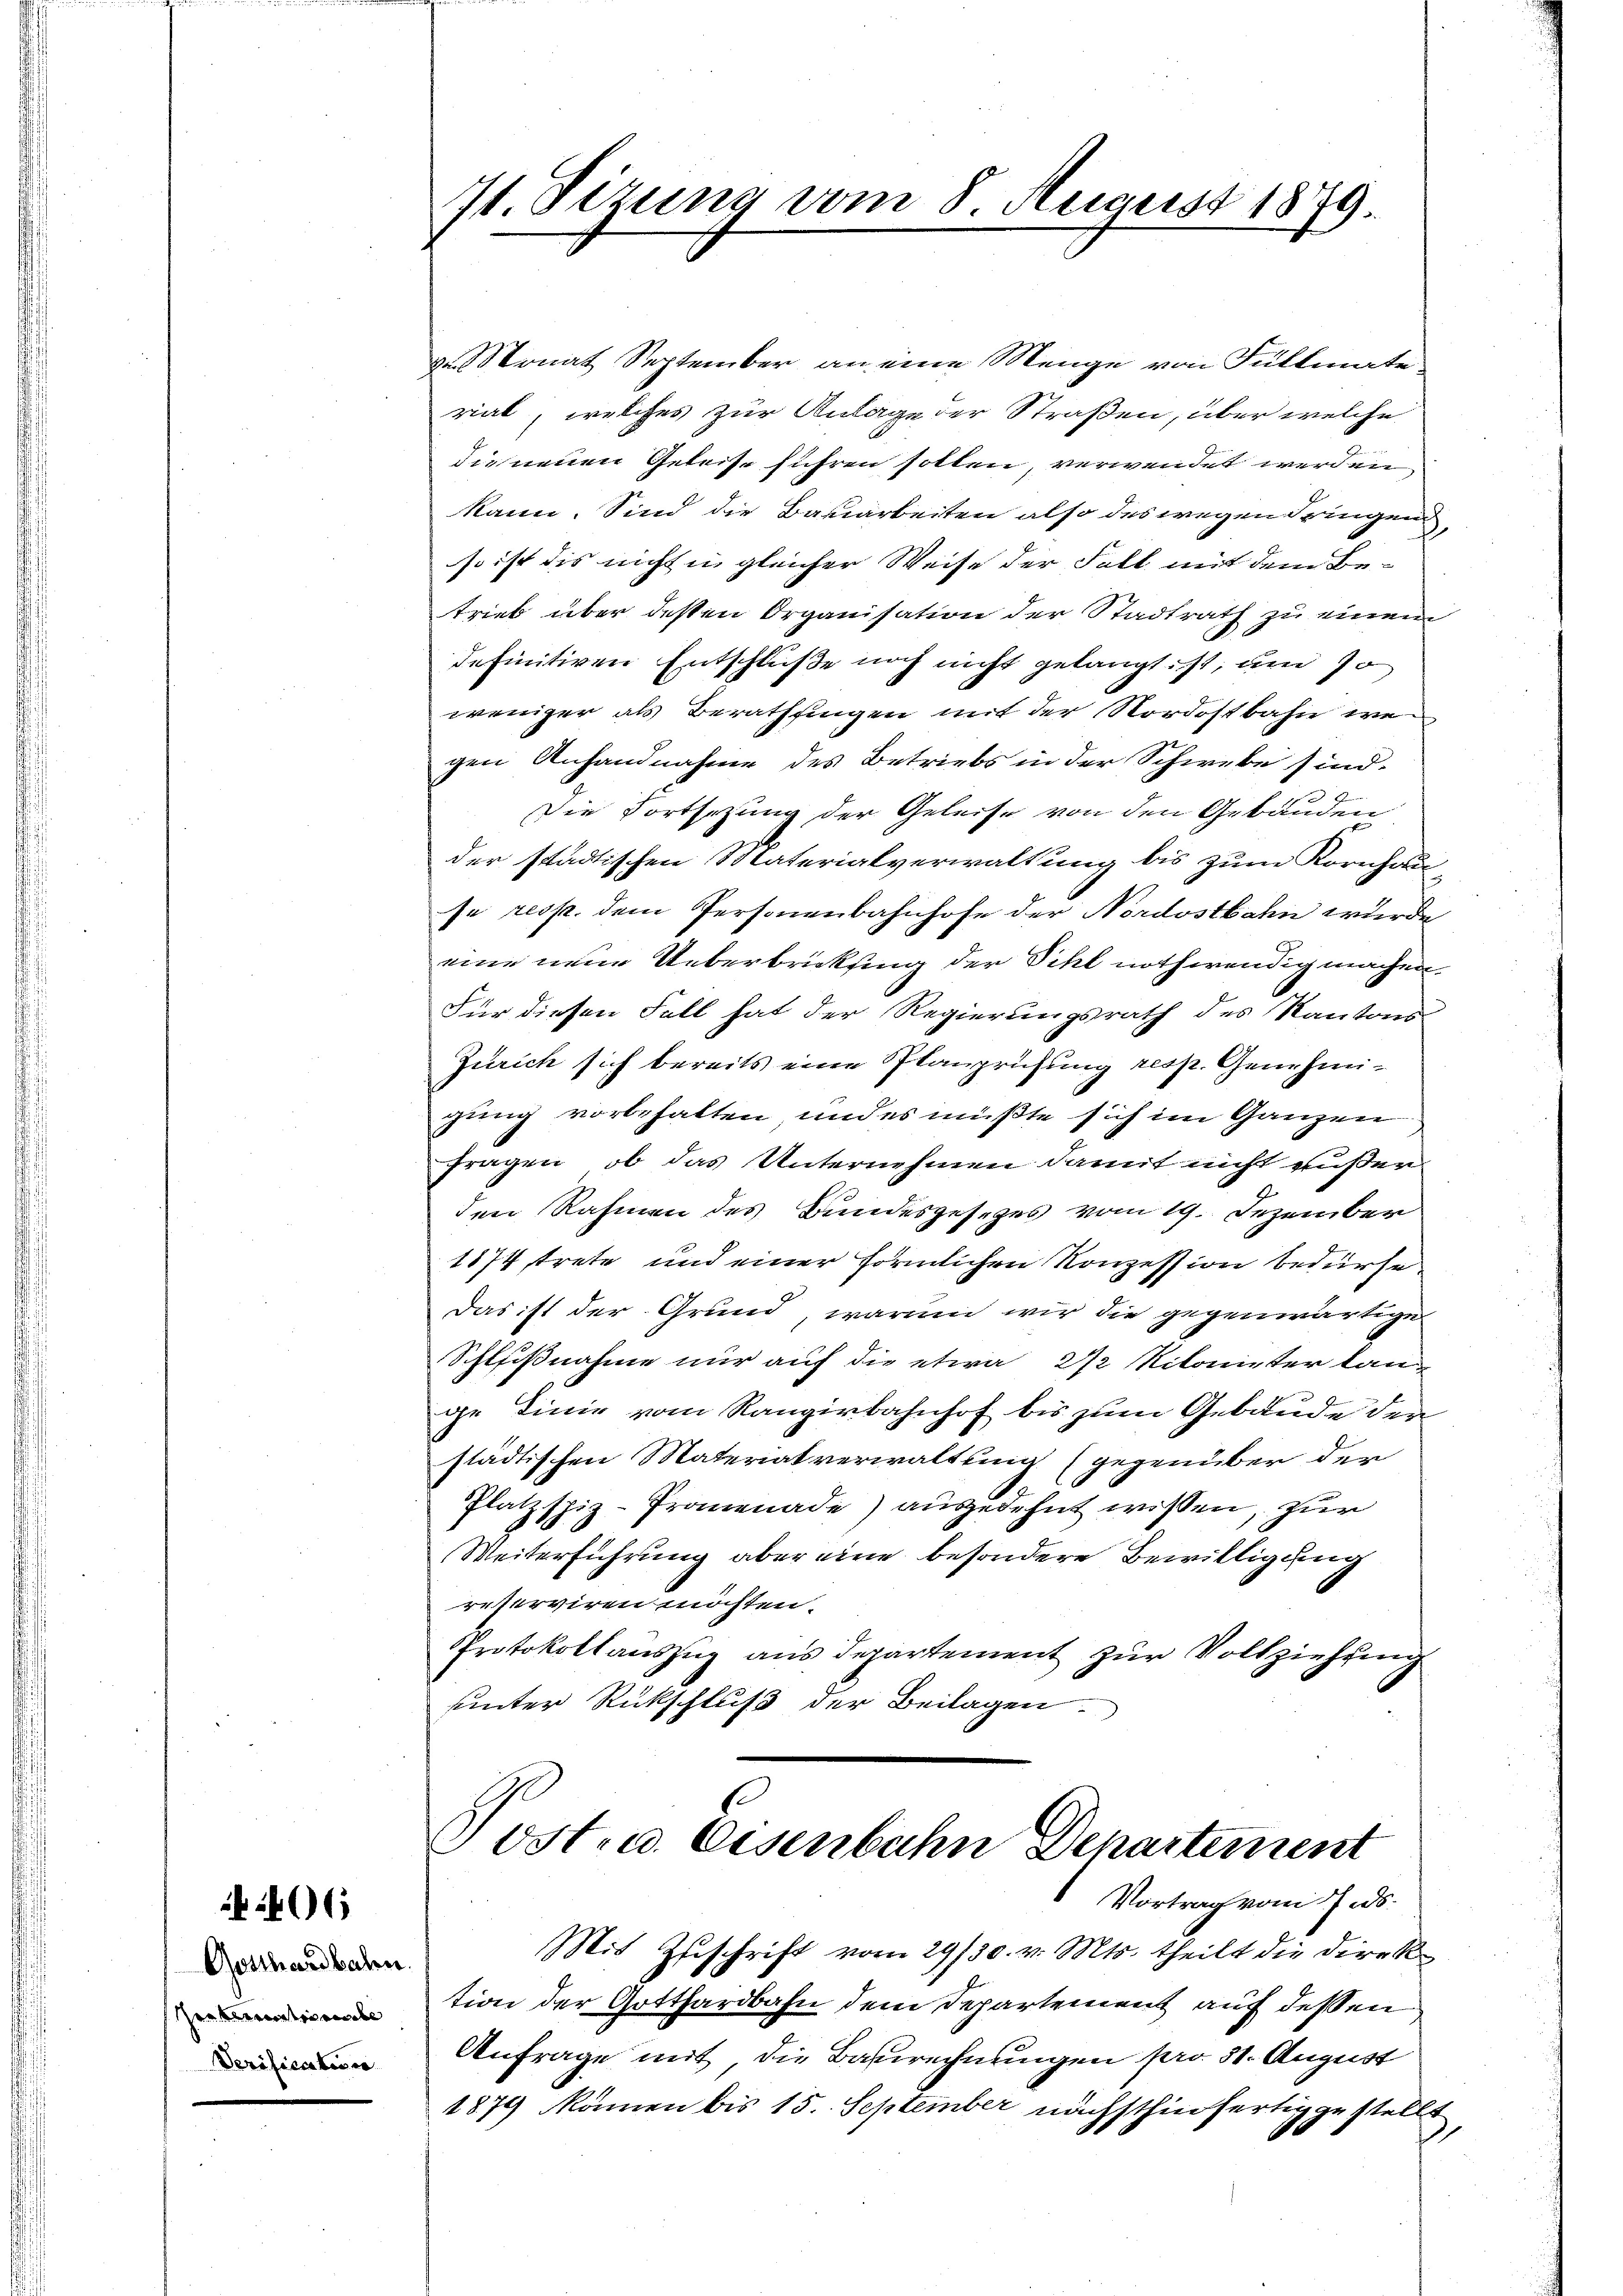
406

Gotthardbahn
zer territo nebe
Verification.

71. Sizung vom 8. August 1879

a. Monat September an eine Menge von Füllmate
rial, welches zur Anlage der Straßen, über welche
die neuen Geleise führen sollen, verwendet werden
kann. Sind die Bauarbeiten also des wegen dringen,
so ist die nicht in gleicher Weise der Fall mit dem Betrieb über dessen Organisation der Stadtrath zu einem
definitiven Entschluße noch nicht gelangt, ist, um 70
weniger als Berathsingen mit der Nordostbahn we
gen Anhandnahme des Betriebs in der Schwebe sind.
E
Die Fortsezung der Geleise von den Gebäuden
6
der städtischen Materialverwaltung bis zum Kornhau
se resp. dem Personenbahnhofe der Nordostbahn wurde
eine neue Ueberbricklung der Sihl nothwendig machen.
Für diesen Fall hat der Regierungsrath des Kantons-
Zürich sich bereits eine Planprüfung resp. Genehmigung vorbehalten und es müßte sich im Ganzen
fragen, ob das Unternehmen damit nicht außer
den Rahmen des Bundesgesezes vom 19. Dezember
1874 trete und einer förmlichen Konzession bedürfe
Das ist der Grund warum wir die gegenwärtige
Schlißnahme nur auf die etwa 272 Nitorister lange Linie vom Rangirbahnhof bis zum Gebäude der
städtischen Materialverwaltung (gegenüber der
Platzspiz-Promenade) ausgedehnt wissen, zur
Weiterführung aber eine besondere Bewilligung
reserviren möchten.
Protokollauszug aus Departement zur Vollziehung
uunter Rückschluß der Beilagen.

Post. a. Eisenbahn Departement
Vortrag vom 7.ds.
Mit Zuschrift vom 29/30. v. Mts. theilt die Direk¬

tion der Gotthardbahn dem Departement auf dessen
Anfrage mit, die Baurechnungen pro 31. August
1879 können bis 15. September nächsthin fertig zu stellt